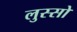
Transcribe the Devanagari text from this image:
लुस्सो